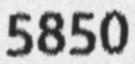
5850